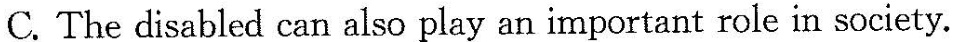
C.The disabled can also play an important role in society.